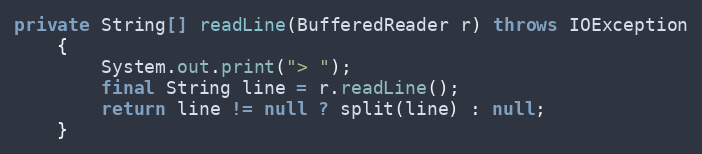
Language: Java
private String[] readLine(BufferedReader r) throws IOException
	{
		System.out.print("> ");
		final String line = r.readLine();
		return line != null ? split(line) : null;
	}